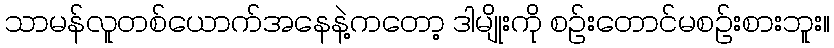
သာမန်လူတစ်ယောက်အနေနဲ့ကတော့ ဒါမျိုးကို စဉ်းတောင်မစဉ်းစားဘူး။